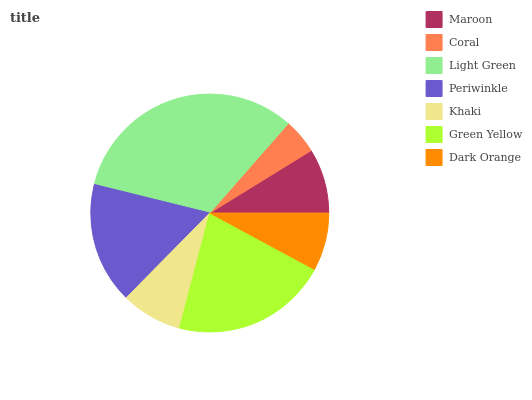
| Maroon | Coral | Light Green | Periwinkle | Khaki | Green Yellow | Dark Orange |
 | --- | --- | --- | --- | --- | --- | --- |
 | 8.8% | 4.75% | 32.7% | 16.4% | 8.3% | 21.2% | 7.87% |